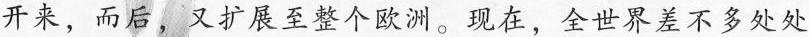
开来，而后，又扩展至整个欧洲。现在，全世界差不多处处